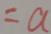
= a